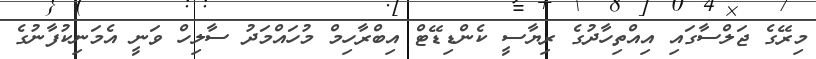
މިރޭގެ ޖަލްސާގައި އިއްތިހާދުގެ ރިޔާސީ ކެންޑިޑޭޓް އިބްރާހިމް މުހައްމަދު ސާލިހް ވަނީ އެމަނިކުފާނުގެ